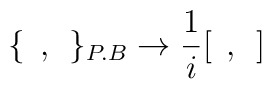
\{\:\:,\:\:\}_{P.B} \rightarrow \frac{1}{i} [\:\:,\:\:]